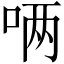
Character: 唡